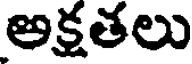
అక్షతలు